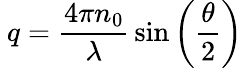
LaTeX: \ q={\frac{4\pi n_{0}}{\lambda}}\sin\left({\frac{\theta}{2}}\right)